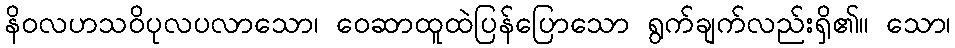
နိဝလဟသဝိပုလပလာသော၊ ဝေဆာထူထဲပြန်ပြောသော ရွက်ချက်လည်းရှိ၏။ သော၊